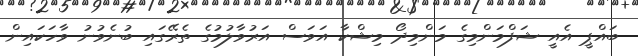
ބައްޕީ އެއީ ޝަފްމަންމިގެ މަންމިދޯ މިޝްކާ އަވަސް އަރުވާލުމުގެ ތެރޭގައި ބުނެވުނު ވާހަކައިން